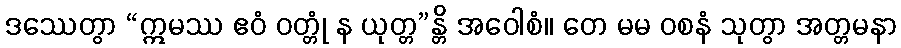
ဒဿေတွာ “ဣမဿ ဧဝံ ဝတ္တုံ န ယုတ္တ”န္တိ အဝေါစံ။ တေ မမ ဝစနံ သုတွာ အတ္တမနာ